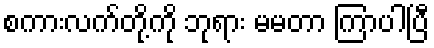
စကားလက်တို့ကို ဘုရား မမတာ ကြာပါပြီ